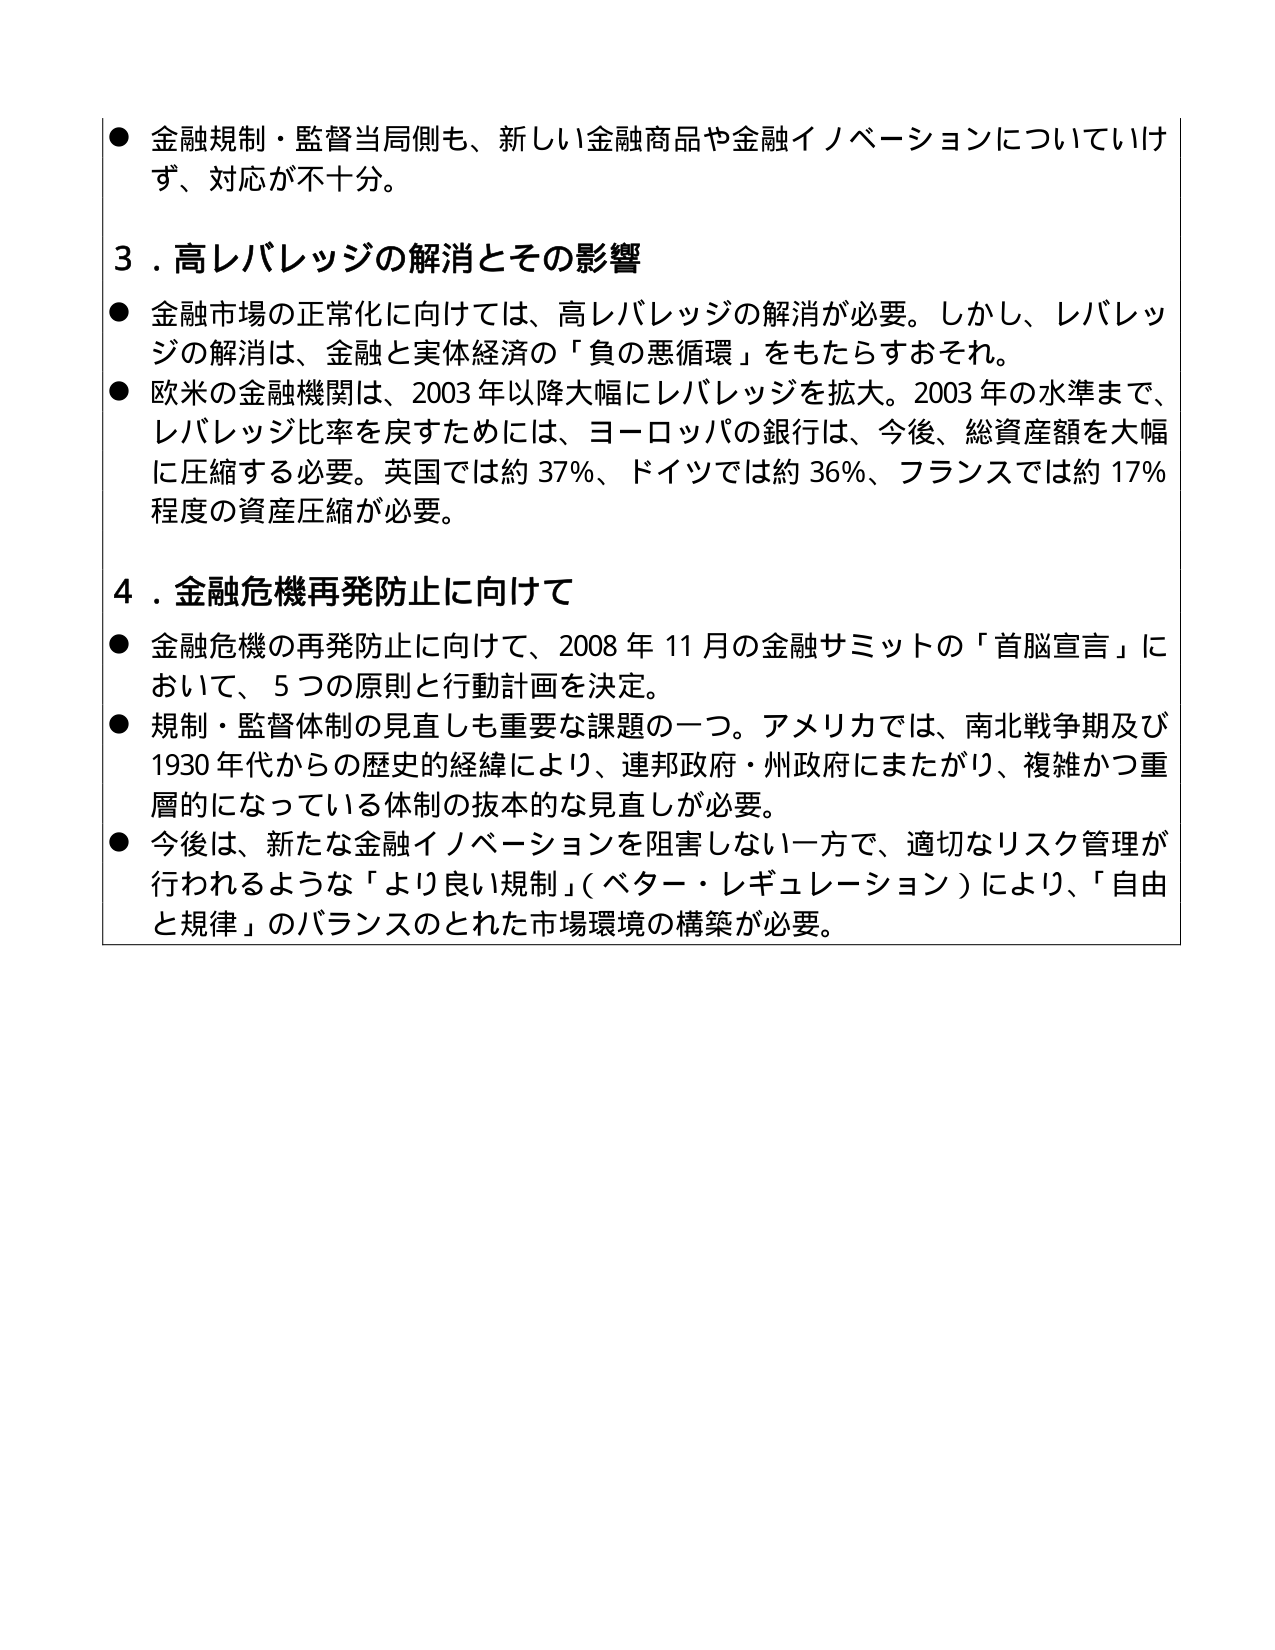
● 金融規制・監督当局側も、新しい金融商品や金融イノベーションについていけず、対応が不十分。

３．高レバレッジの解消とその影響
● 金融市場の正常化に向けては、高レバレッジの解消が必要。しかし、レバレッジの解消は、金融と実体経済の「負の悪循環」をもたらすおそれ。
● 欧米の金融機関は、2003 年以降大幅にレバレッジを拡大。2003 年の水準まで、レバレッジ比率を戻すためには、ヨーロッパの銀行は、今後、総資産額を大幅に圧縮する必要。英国では約 37％、ドイツでは約 36％、フランスでは約 17％程度の資産圧縮が必要。

４．金融危機再発防止に向けて
● 金融危機の再発防止に向けて、2008 年 11 月の金融サミットの「首脳宣言」において、5 つの原則と行動計画を決定。
● 規制・監督体制の見直しも重要な課題の一つ。アメリカでは、南北戦争期及び 1930 年代からの歴史的経緯により、連邦政府・州政府にまたがり、複雑かつ重層的になっている体制の抜本的な見直しが必要。
● 今後は、新たな金融イノベーションを阻害しない一方で、適切なリスク管理が行われるような「より良い規制」（ベター・レギュレーション）により、「自由と規律」のバランスのとれた市場環境の構築が必要。